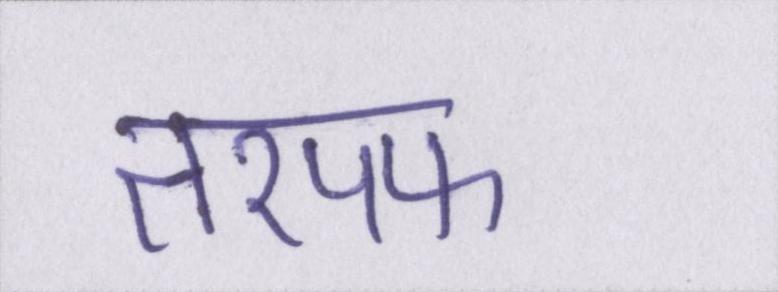
तरपफ